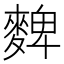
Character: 䴽